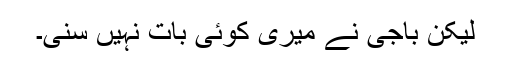
لیکن باجی نے میری کوئی بات نہیں سنی۔